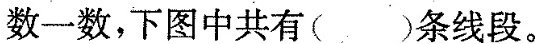
数一数，下图中共有( )条线段。